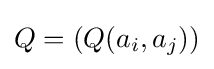
Q=(Q(a_{i},a_{j}))